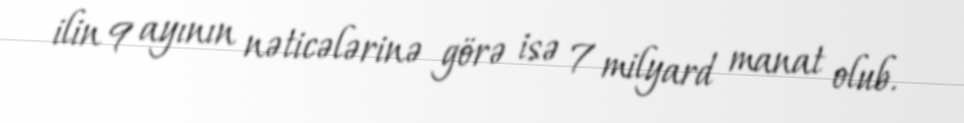
ilin 9 ayının nəticələrinə görə isə 7 milyard manat olub.